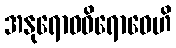
အနုရောဓဝိရောဓေဟိ